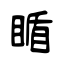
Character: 瞃